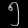
Digit: ၅